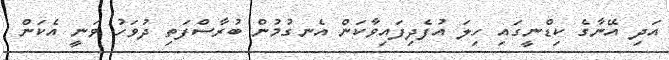
އަދި އޭނާގެ ކިޑްނީގައި ހިލަ އުފެދިފައިވާކަން އެނގުމުން ބުރާސްފަތި ދުވަހު ވަނީ އެކަން